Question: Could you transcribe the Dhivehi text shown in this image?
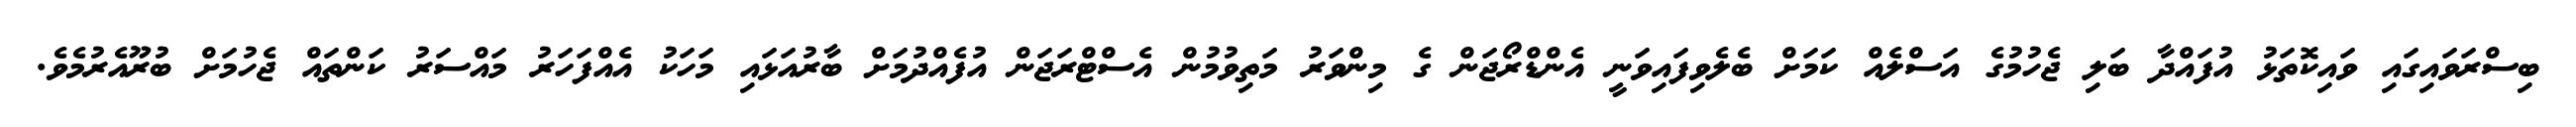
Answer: ބިސްރަވައިގައި ވައިކޮތަޅު އުފައްދާ ބަލި ޖެހުމުގެ އަސްލެއް ކަމަށް ބެލެވިފައިވަނީ އެންޑްރޯޖަން ގެ މިންވަރު މަތިވުމުން އެސްޓްރަޖަން އުފެއްދުމަށް ބާރުއަޅައި މަހަކު އެއްފަހަރު މައްސަރު ކަންތައް ޖެހުމަށް ބުރޫއެރުމެވެ.